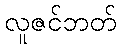
လူဇင်ဘတ်